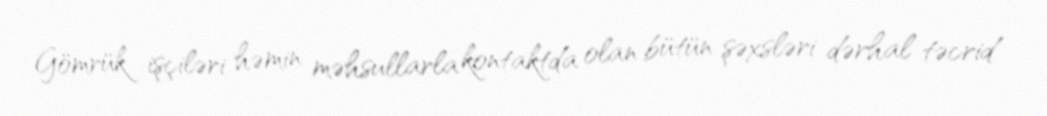
Gömrük işçiləri həmin məhsullarla kontaktda olan bütün şəxsləri dərhal təcrid